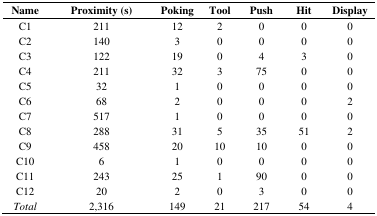
<table><thead><tr><td><b>Name</b></td><td><b>Proximity (s)</b></td><td><b>Poking</b></td><td><b>Tool</b></td><td><b>Push</b></td><td><b>Hit</b></td><td><b>Display</b></td></tr></thead><tbody><tr><td>C1</td><td>211</td><td>12</td><td>2</td><td>0</td><td>0</td><td>0</td></tr><tr><td>C2</td><td>140</td><td>3</td><td>0</td><td>0</td><td>0</td><td>0</td></tr><tr><td>C3</td><td>122</td><td>19</td><td>0</td><td>4</td><td>3</td><td>0</td></tr><tr><td>C4</td><td>211</td><td>32</td><td>3</td><td>75</td><td>0</td><td>0</td></tr><tr><td>C5</td><td>32</td><td>1</td><td>0</td><td>0</td><td>0</td><td>0</td></tr><tr><td>C6</td><td>68</td><td>2</td><td>0</td><td>0</td><td>0</td><td>2</td></tr><tr><td>C7</td><td>517</td><td>1</td><td>0</td><td>0</td><td>0</td><td>0</td></tr><tr><td>C8</td><td>288</td><td>31</td><td>5</td><td>35</td><td>51</td><td>2</td></tr><tr><td>C9</td><td>458</td><td>20</td><td>10</td><td>10</td><td>0</td><td>0</td></tr><tr><td>C10</td><td>6</td><td>1</td><td>0</td><td>0</td><td>0</td><td>0</td></tr><tr><td>C11</td><td>243</td><td>25</td><td>1</td><td>90</td><td>0</td><td>0</td></tr><tr><td>C12</td><td>20</td><td>2</td><td>0</td><td>3</td><td>0</td><td>0</td></tr><tr><td><i>Total</i></td><td>2,316</td><td>149</td><td>21</td><td>217</td><td>54</td><td>4</td></tr></tbody></table>